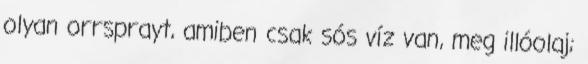
olyan orrsprayt, amiben csak sós víz van, meg illóolaj;